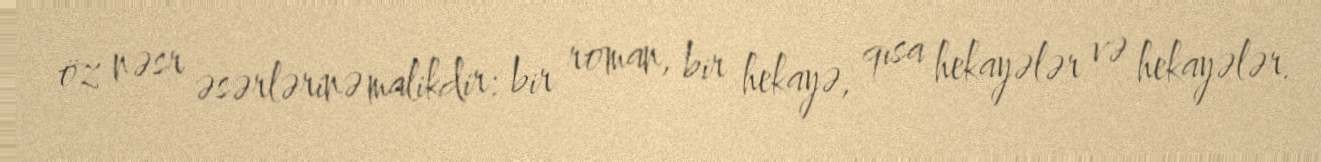
öz nəsr əsərlərinə malikdir: bir roman, bir hekayə, qısa hekayələr və hekayələr.